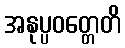
အနုပ္ပဝတ္တေတိ